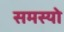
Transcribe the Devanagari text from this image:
समस्यो